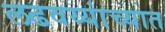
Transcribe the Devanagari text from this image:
लढवय्यांच्यात